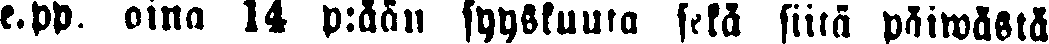
e.pp, ana 14 p:ään syyskuuta sekä siitä päiwästä